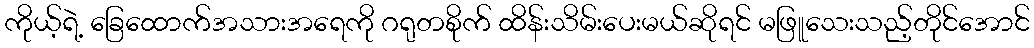
ကိုယ့်ရဲ့ ခြေထောက်အသားအရေကို ဂရုတစိုက် ထိန်းသိမ်းပေးမယ်ဆိုရင် မဖြူသေးသည့်တိုင်အောင်